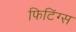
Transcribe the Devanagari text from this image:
फिटिंग्स